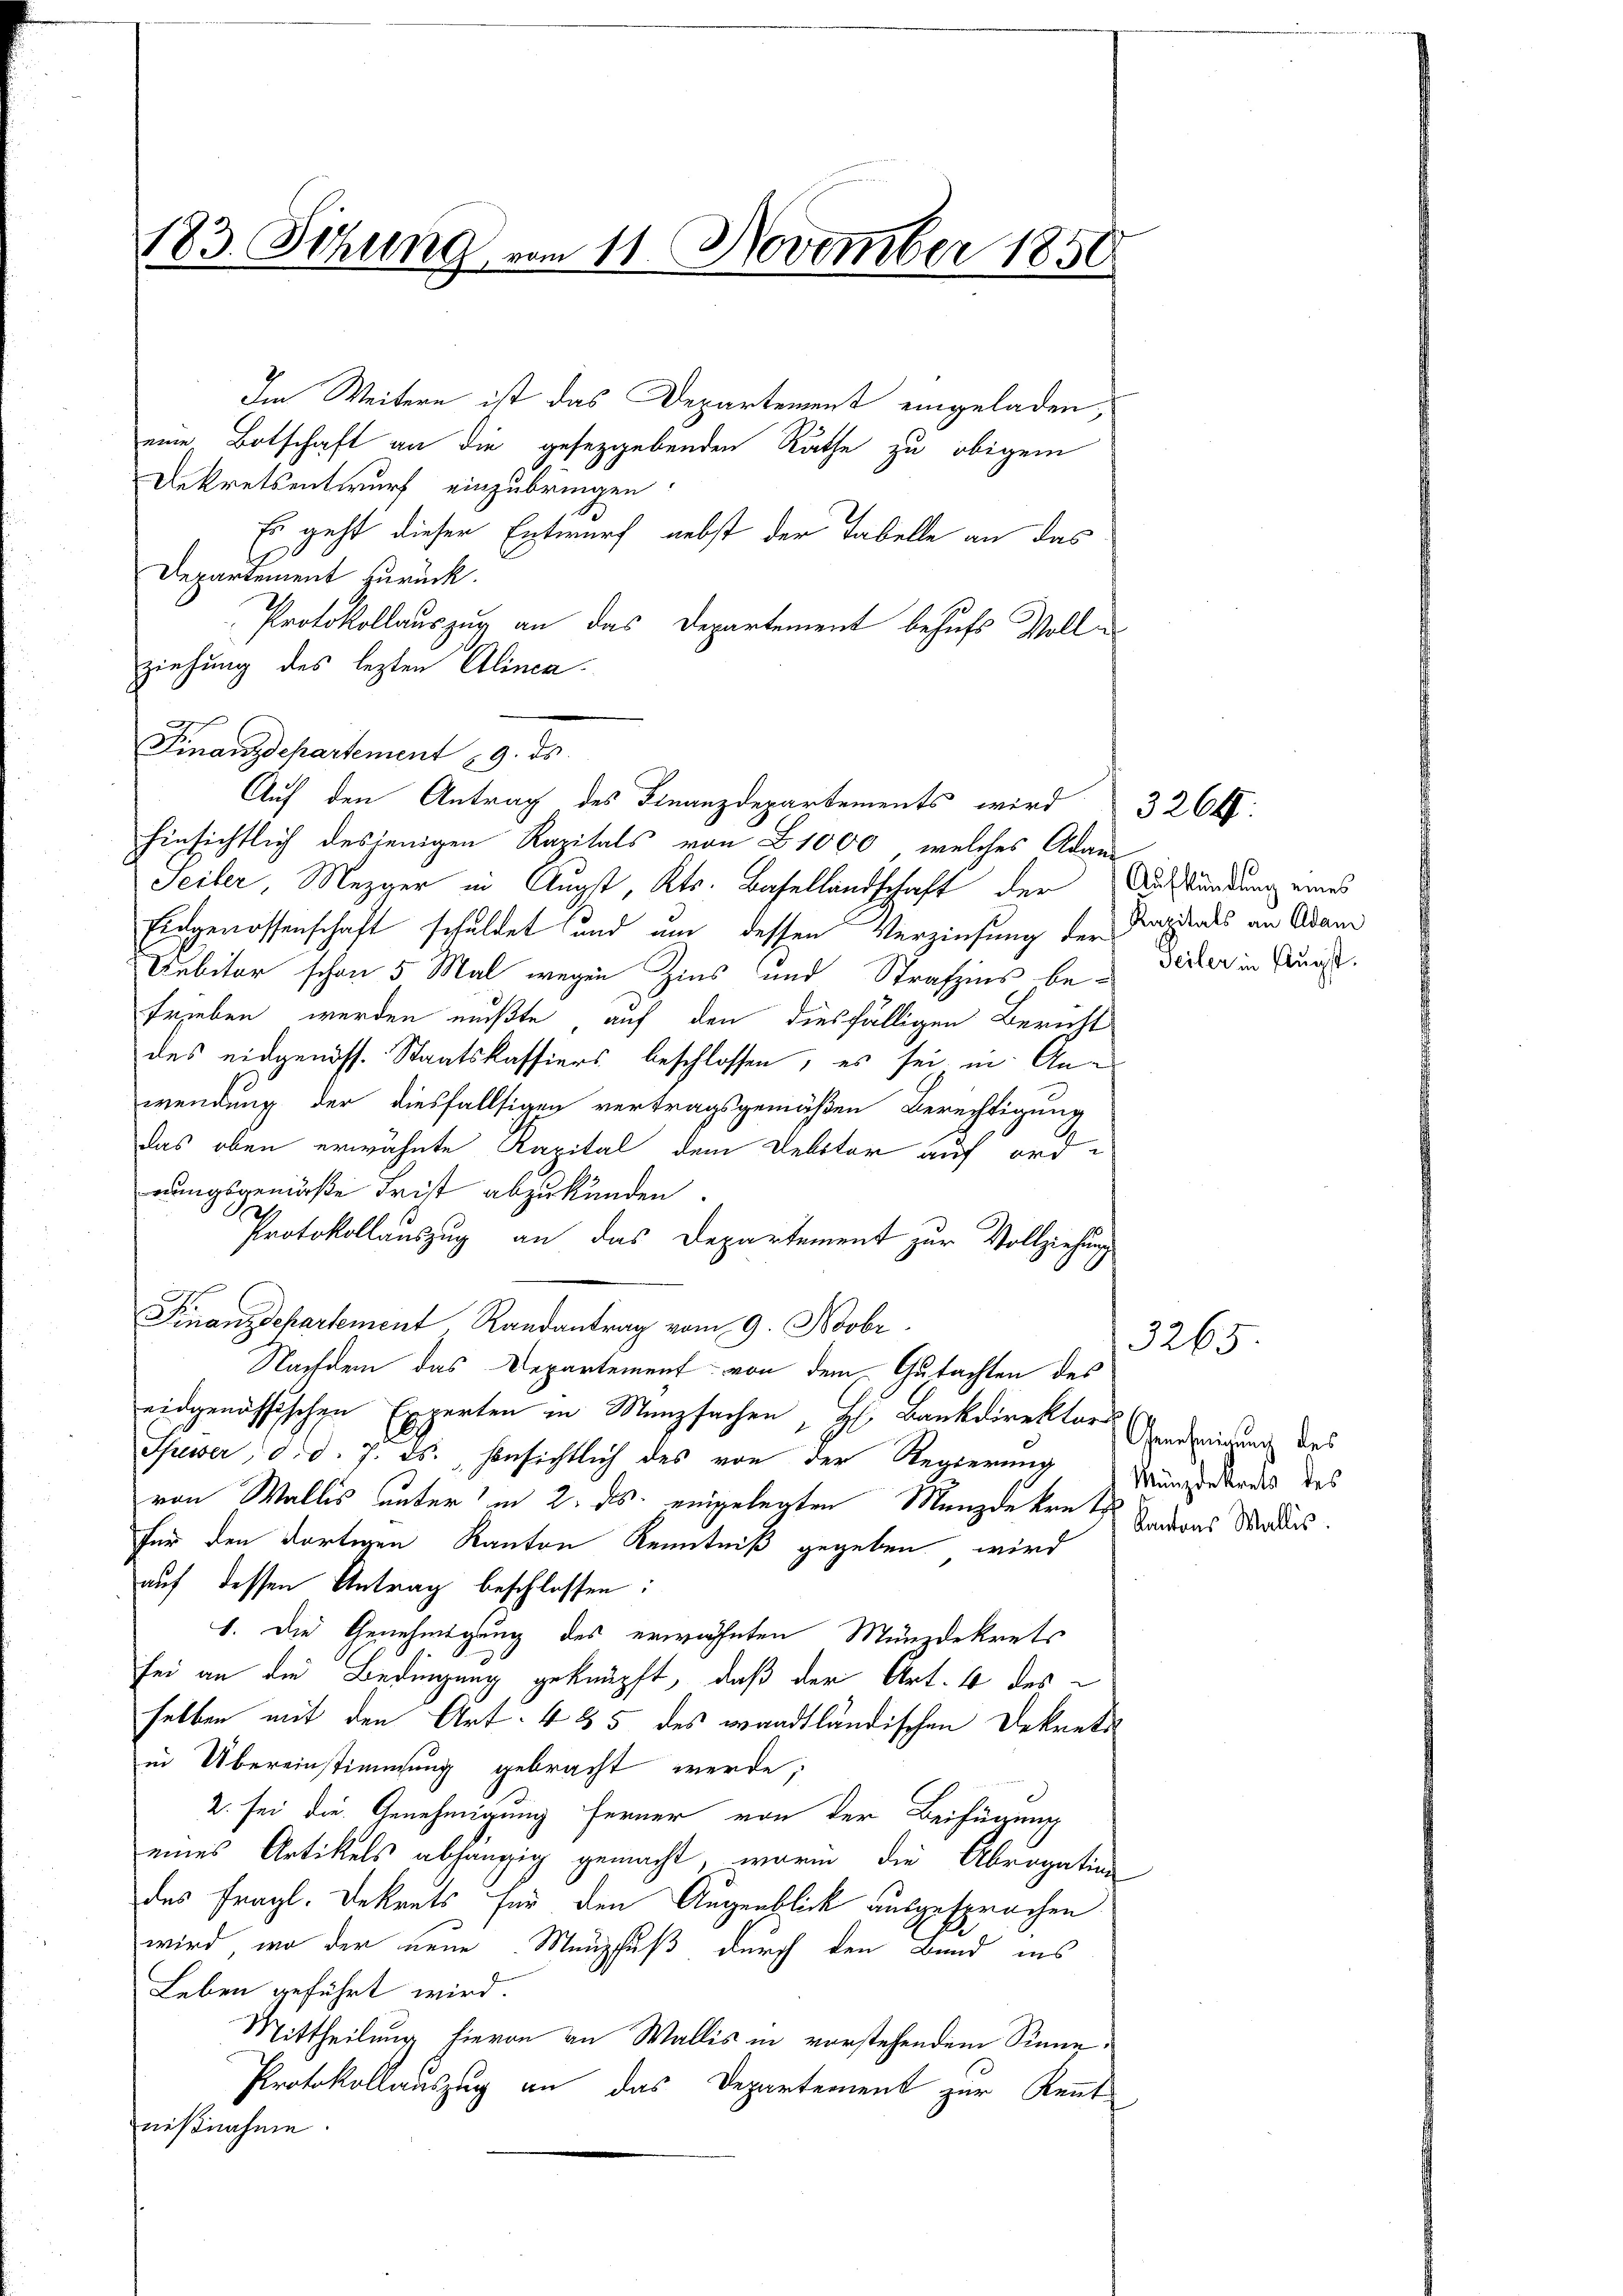
183. Sitzung vom 11. November 1858

Im Weitern ist das Departement eingeladen,
eine Botschaft an die geseggebenden Räthe zu obigem
Dekretsentwurf einzubringen
Es geht dieser Entwurf nebst der Tabelle an das
Departement zurück.
Protokollauszug an das Departement behufs Vollziehung des lezten Alinea.
Finanzdepartement 29. ds
Seiler, Mezger in Augst, Kts. Basellandschaft der Aufkündung eines
Eidgenossenschaft schuldet und um dessen Verziehung der Kapitals an Adam
Debitor schon 5 Mal wegen Zins und Strafins be- Seiter in Kunst.
trieben werden mußte auf den diesfälligen Bericht
des eidgenöss. Staatskassiers beschlossen, es sei in Anwendung der diesfallsigen vertragsgemäßen Berechtigung
das oben erwähnte Kapital dem Debitor auf ord-
rungsgemäße Frist abzukünden.
Protokollauszug an das Departement zur Vollziehung
Finanzdepartement Randantrag vom 9. Novbr.
Nachdem das Departement von dem Gutachten des
eidgenössischen Experten in Manzsachen, H. Bankdirektor Eindringung des
Spewer, d. d. 7. ds. hinsichtlich des von der Regierung
von Wallis unter in 2. ds. eingelegten Mungdekretes Inters Morders.
für den dortigen Kanton Kenntniß gegeben wird
auf dessen Antrag beschlossen:
1. Die Genehmigung des erwähnten Münzdekrets
sei an die Bedingung geknüpft, daß der Art. 4 des
selben mit den Art. 435 des waadtländischen Dekrets
in Übereinstimmung gebracht werde,
2. sei die Genehmigung ferner von der Beifügung
eines Artikels abhängig gemacht, worin die Abrogation
des fragl. Dekrets für den Augenblick ausgesprochen
wird, wo der neue Menschuß durch den Bund ins
Leben geführt wird.
Mittheilung hievon an Wallis in vorstehendem Sinne¬
Protokollauszug an das Departement zur Kennt
nißnahme.

Auf den Antrag des Finanzdepartements wird
hinsichtlich desjenigen Kapitals von 1000, welches Adam

3264.

3265

Münzdekrets des